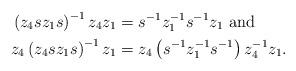
LaTeX: \begin{align*}\left(z_{4}sz_{1}s\right)^{-1}z_{4}z_{1}&=s^{-1}z_{1}^{-1}s^{-1}z_{1} \mbox{ and}\\z_{4}\left(z_{4}sz_{1}s\right)^{-1}z_{1}&=z_{4}\left(s^{-1}z_{1}^{-1}s^{-1}\right)z_{4}^{-1}z_{1}.\end{align*}